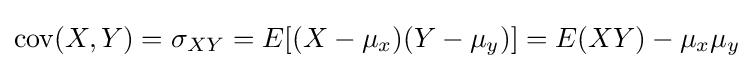
\operatorname {cov} (X,Y)=\sigma _{XY}=E[(X-\mu _{x})(Y-\mu _{y})]=E(XY)-\mu _{x}\mu _{y}